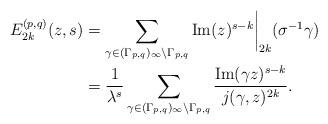
LaTeX: \begin{align*}E_{2k}^{(p,q)} (z,s) &= \sum_{\gamma \in (\Gamma_{p,q})_\infty \backslash \Gamma_{p,q}} {\rm Im}(z)^{s-k} \bigg|_{2k} (\sigma^{-1} \gamma)\\&= \frac{\,1\,}{\lambda^s} \sum_{\gamma \in (\Gamma_{p,q})_\infty \backslash \Gamma_{p,q}} \frac{{\rm Im}(\gamma z)^{s-k}}{j(\gamma, z)^{2k}}.\end{align*}